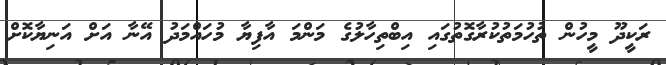
ރަކީދޫ މީހުން ތުހުމަތުކުރާގޮތުގައި އިބްތިހާލުގެ މަންމަ އާފިޔާ މުހައްމަދު އޭނާ އަށް އަނިޔާކޮށް